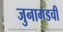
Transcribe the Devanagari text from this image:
जुनागडची